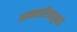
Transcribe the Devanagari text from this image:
आत्मचरित्रातूनही